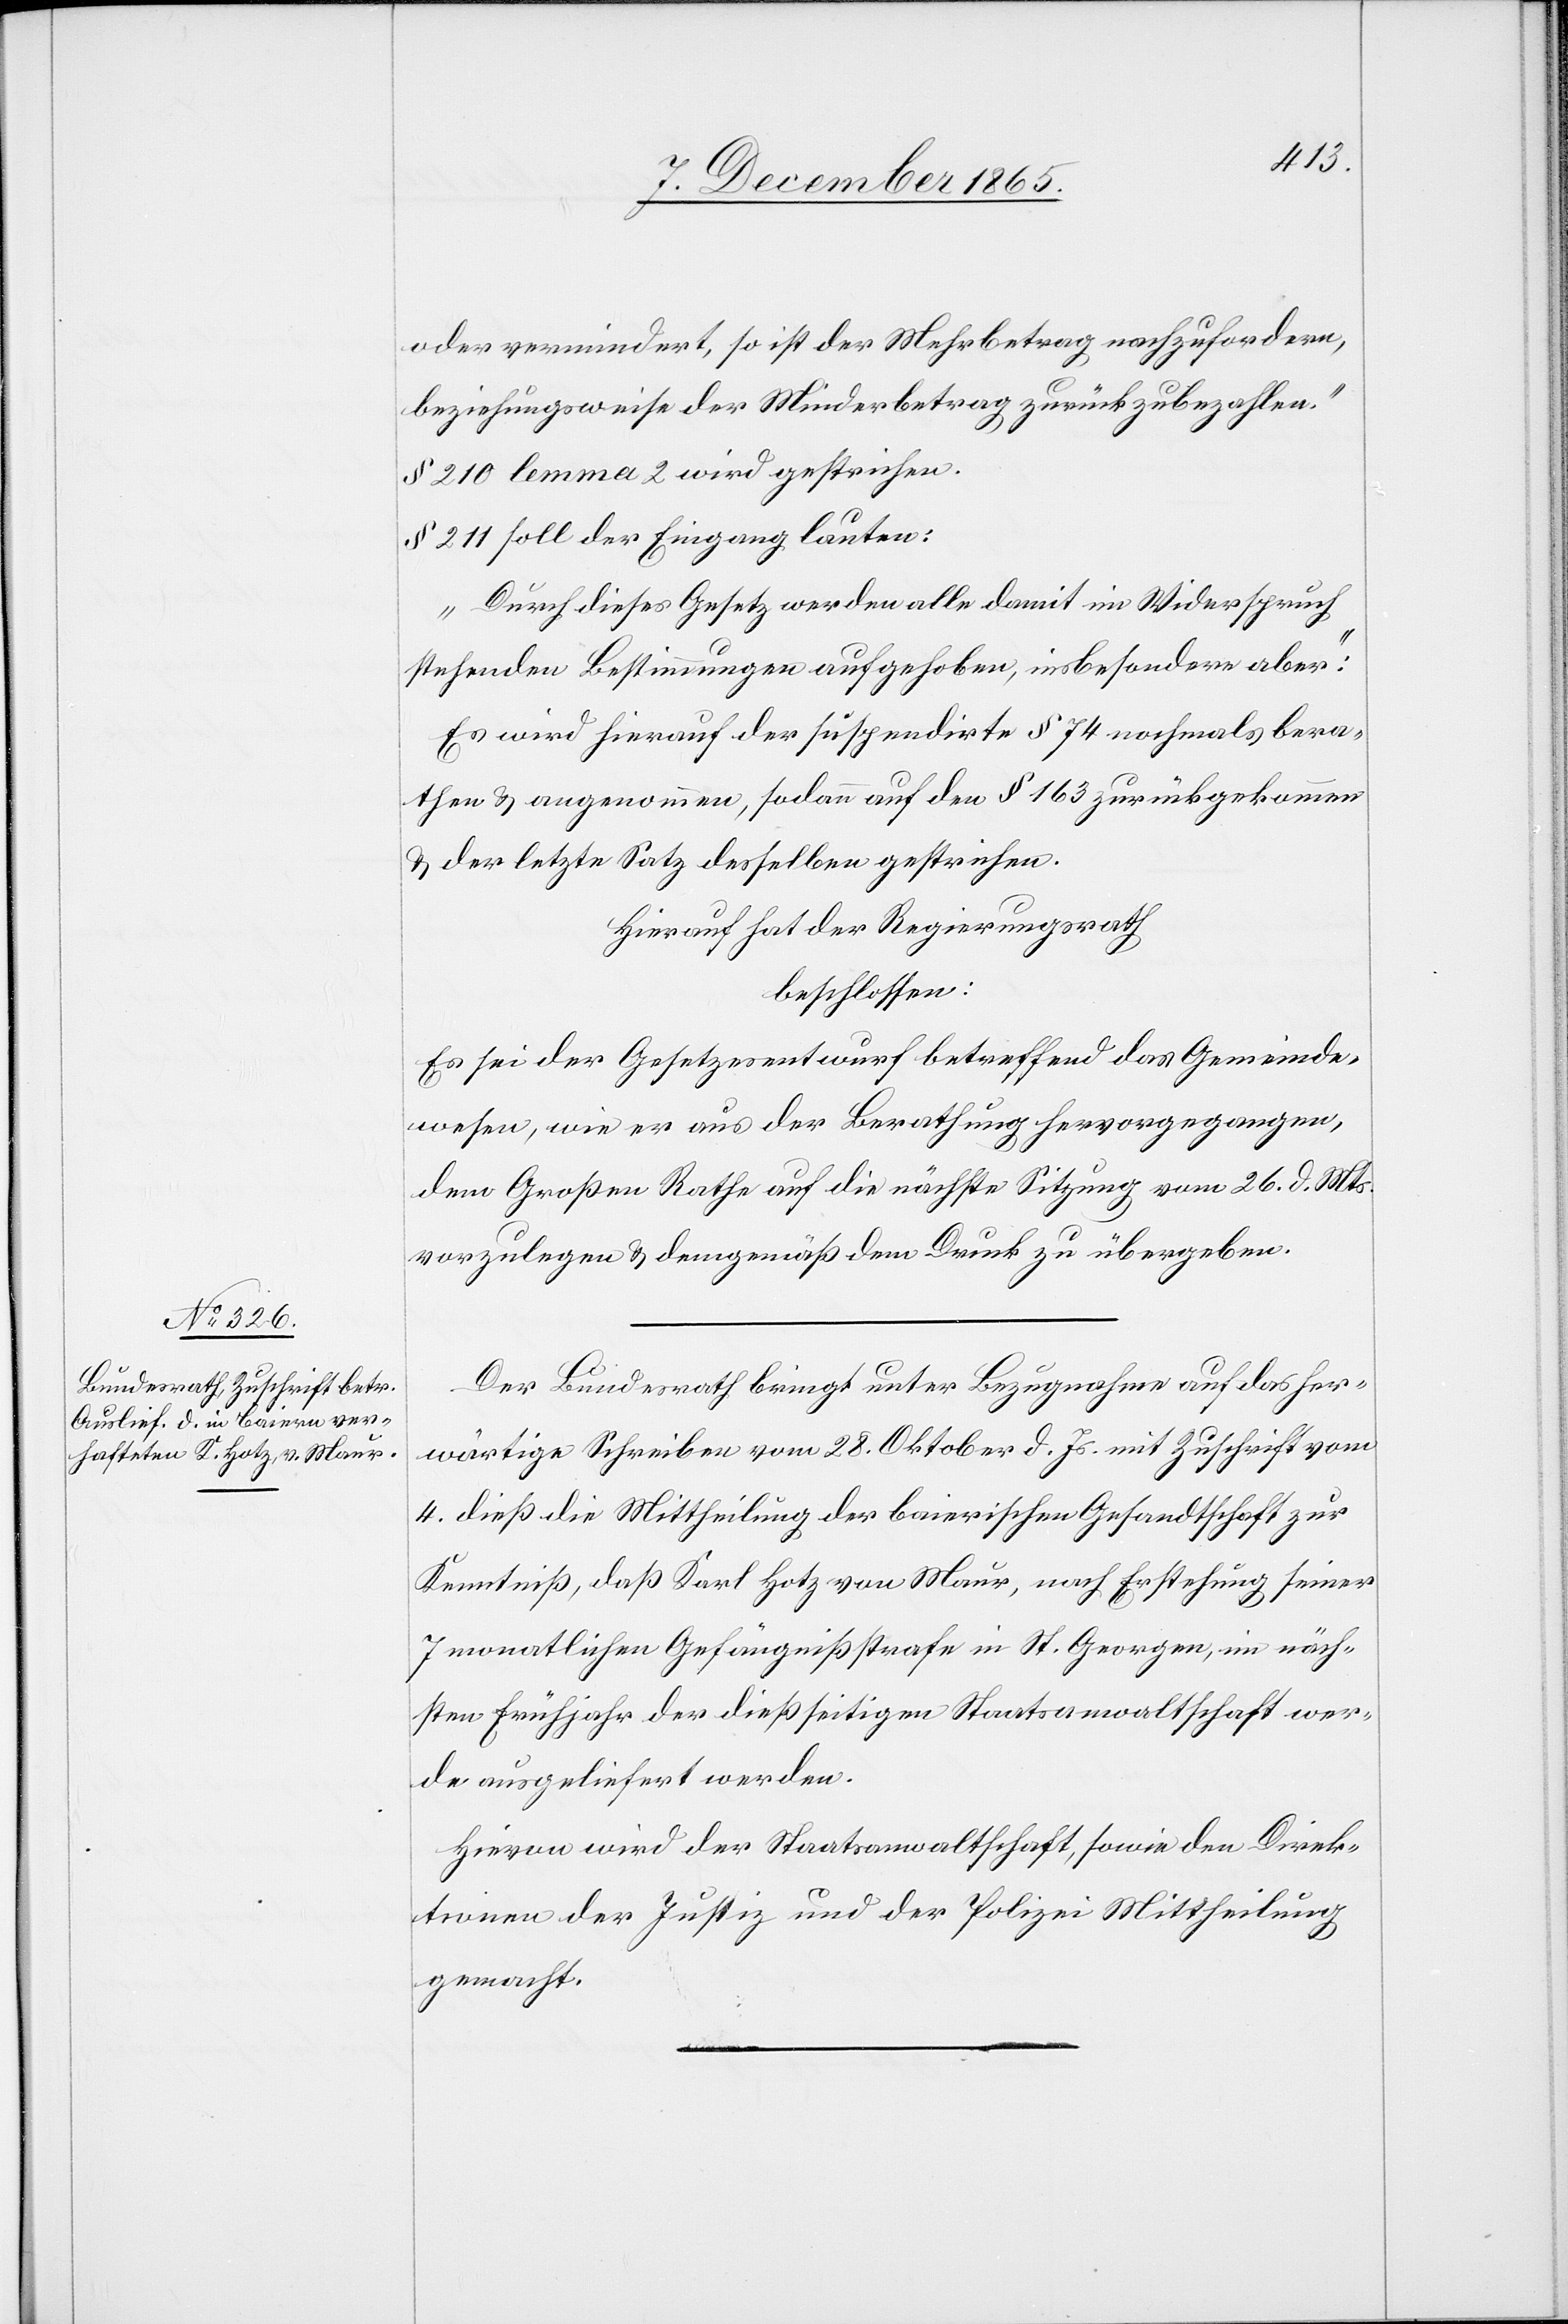
oder vermindert, so ist der Mehrbetrag nachzufordern,
beziehungsweise der Minderbetrag zurückzubezahlen.“
§ 210 lemma 2 wird gestrichen.
§ 211 soll der Eingang lauten:
„Durch dieses Gesetz werden alle damit im Widerspruch
stehenden Bestimmungen aufgehoben, insbesondere aber:“
Es wird hierauf der suspendirte § 74 nochmals bera¬
then & angenommen, sodann auf den § 163 zurückgekommen
& der letzte Satz desselben gestrichen.
Hierauf hat der Regierungsrath
beschlossen:
Es sei der Gesetzesentwurf betreffend das Gemeinde¬
wesen, wie er aus der Berathung hervorgegangen,
dem Großen Rathe auf die nächste Sitzung vom 26. d. Mts.
vorzulegen & demgemäß dem Druck zu übergeben.
Der Bundesrath bringt unter Bezugnahme auf das her¬
wärtige Schreiben vom 28. Oktober d. Js. mit Zuschrift vom
4. dieß die Mittheilung der baierischen Gesandtschaft zur
Kenntniß, daß Karl Hotz von Maur, nach Erstehung seiner
7 monatlichen Gefängnißstrafe in St. Georgen, im näch¬
sten Frühjahr der dießseitigen Staatsanwaltschaft wer¬
de ausgeliefert werden.
Hievon wird der Staatsanwaltschaft, sowie den Direk¬
tionen der Justiz und der Polizei Mittheilung
gemacht.